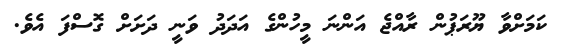
ކަމަށްވާ ޔޫރަޕުން ރާއްޖެ އަންނަ މީހުންގެ އަދަދު ވަނީ ދަށަށް ގޮސްފަ އެވެ.